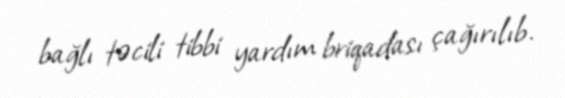
bağlı təcili tibbi yardım briqadası çağırılıb.